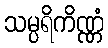
သမ္ပရိကိဏ္ဏံ